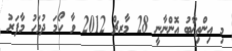
މި އިންތިޚާބު އޮންނާނީ 28 މާރޗް 2012 ވާ ހޯމަ ދުވަހު މާފަރު